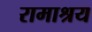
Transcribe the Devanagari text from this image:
रामाश्रय